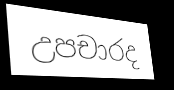
උපචාරද